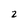
Character: 2